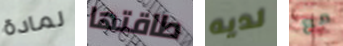
لمادة طاقتها لديه مع